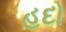
હદો